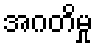
အဂတိမှု